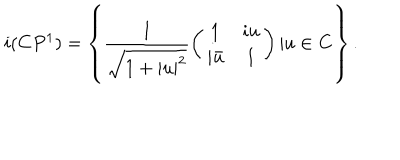
i ( C P ^ { 1 } ) = \left\{ \frac { 1 } { \sqrt { 1 + | u | ^ { 2 } } } \left( \begin{array} { c c } { { 1 } } & { { i u } } \\ { { i \bar { u } } } & { { 1 } } \\ \end{array} \right) | u \in \bf C \right\} .